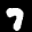
Label: 7